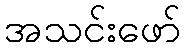
အသင်းဖော်